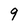
Character: 9